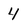
Character: 4